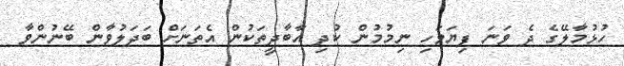
ހުޅުމާލޭގެ ދެ ވަނަ ފިޔަވަހި ނިމުމުން ކުދި އާބާދީތަކުން އެތަނަށް ބަދަލުވާން ބޭނުންވާ